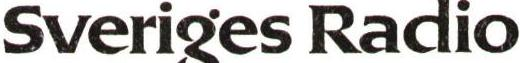
Sveriges Radio